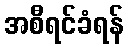
အစီရင်ခံရန်